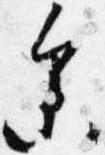
参